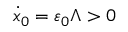
\dot { x } _ { 0 } = \varepsilon _ { 0 } \Lambda > 0